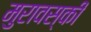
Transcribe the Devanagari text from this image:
मुरावस्की